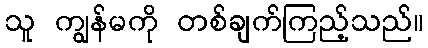
သူ ကျွန်မကို တစ်ချက်ကြည့်သည်။